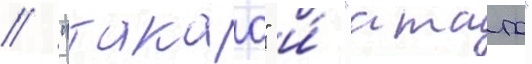
// "такао" и́ "атаго"